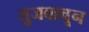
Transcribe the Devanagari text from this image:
तुजवाचून